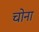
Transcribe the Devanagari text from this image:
चोना